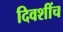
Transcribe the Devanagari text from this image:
दिवशींच